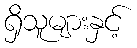
ရှိသူများနှင့်